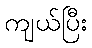
ကျယ်ပြီး